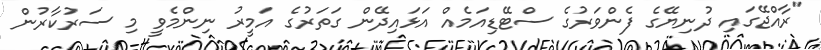
"ރާއްޖޭގައި ދުނިޔޭގެ ފެންވަރުގެ ސްޓޭޑިއަމެއް އަޅައިދޭން ގަތަރުގެ އަމީރު ނިންމެވީ މި ސަރުކާރުން